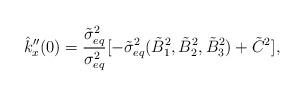
LaTeX: \begin{align*}\hat{k}''_{x}(0)=\frac{\tilde{\sigma}_{eq}^{2}}{\sigma_{eq}^{2}}[-\tilde{\sigma}_{eq}^{2} (\tilde{B}_1^2, \tilde{B}_2^2, \tilde{B}_3^2 )+\tilde{C}^2],\end{align*}